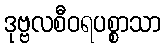
ဒုဗ္ဗလစီဝရပစ္စာသာ